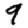
Digit: 9